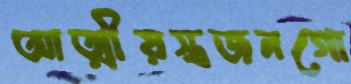
আত্মীয়স্বজনগো